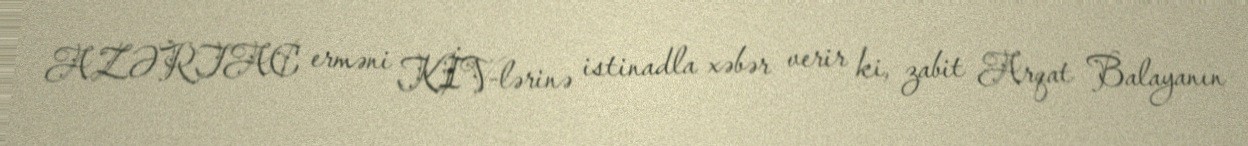
AZƏRTAC erməni KİV-lərinə istinadla xəbər verir ki, zabit Arqat Balayanın